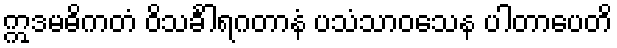
ဣဒမဓိကတံ ဝိသင်္ခါရဂတာနံ ပသံသာဝသေန ပါတာပေတိ